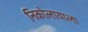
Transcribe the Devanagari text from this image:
निकोलायाला